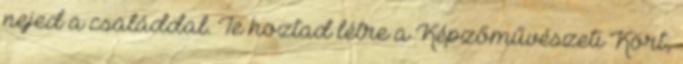
nejed a családdal. Te hoztad létre a Képzőművészeti Kört,